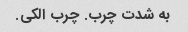
به شدت چرب. چرب الکی.